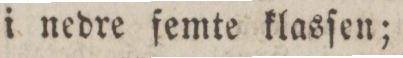
i nedre femte klasſen;